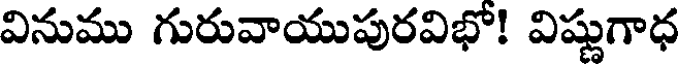
వినుము గురువాయుపురవిభో! విష్ణుగాధ